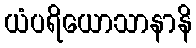
ယံပရိယောသာနာနိ